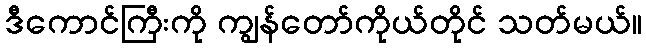
ဒီကောင်ကြီးကို ကျွန်တော်ကိုယ်တိုင် သတ်မယ်။